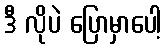
ဒီ လိုပဲ ပြောမှာပေါ့